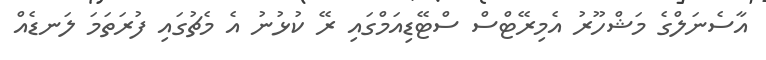
އާސެނަލްގެ މަޝްހޫރު އެމިރޭޓްސް ސްޓޭޑިއަމްގައި ރޭ ކުޅުނު އެ މެޗުގައި ފުރަތަމަ ލަނޑެއް